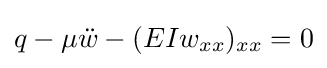
q-\mu {\ddot {w}}-(EIw_{xx})_{xx}=0